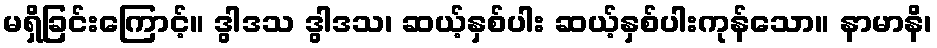
မရှိခြင်းကြောင့်။ ဒွါဒသ ဒွါဒသ၊ ဆယ့်နှစ်ပါး ဆယ့်နှစ်ပါးကုန်သော။ နာမာနိ၊